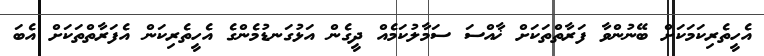
އެހީތެރިކަމަކަށް ބޭނުންވާ ފަރާތްތަކަށް ޚާއްސަ ސަމާލުކަމެއް ދީގެން އަޅުގަނޑުމެންގެ އެހީތެރިކަން އެފަރާތްތަކަށް އެބަ